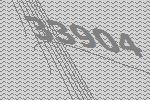
33904